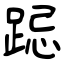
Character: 跽